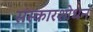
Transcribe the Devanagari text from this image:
संस्कारशोधन